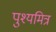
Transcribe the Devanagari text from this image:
पुश्यमित्र